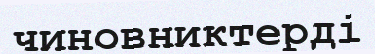
чиновниктерді